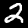
Digit: 2